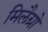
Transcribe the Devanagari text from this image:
मिलैग्रो